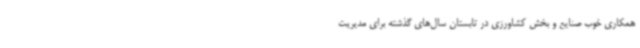
همکاری خوب صنایع و بخش کشاورزی در تابستان سال‌های گذشته برای مدیریت